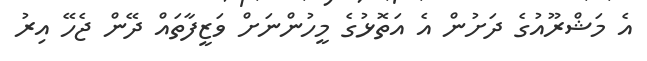
އެ މަޝްރޫއުގެ ދަށުން އެ އަތޮޅުގެ މީހުންނަށް ވަޒީފާތައް ދޭން ޖެހޭ އިރު